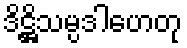
ဒိဋ္ဌိသမ္ပဒါဟေတု